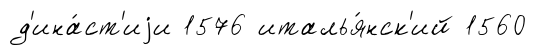
д'ина́ст'иjи 1576 италья́нск'ий 1560